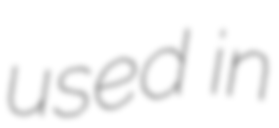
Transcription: used in